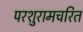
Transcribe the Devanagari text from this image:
परशुरामचरित